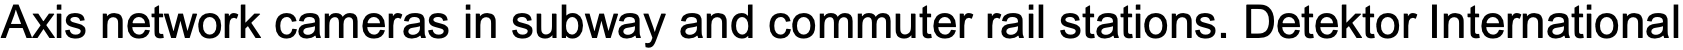
Axis network cameras in subway and commuter rail stations. Detektor International